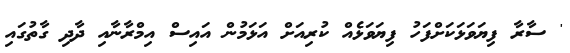
' ސާރާ ފިޔަވަޅަކަށްފަހު ފިޔަވަޅެއް ކުރިއަށް އަޅަމުން އައިސް އިމްރާނާއި ދާދި ގާތުގައި